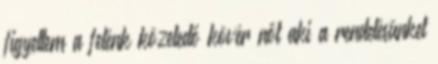
figyeltem a felénk közeledő kövér nőt aki a rendelésünket